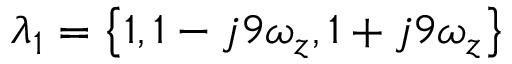
\lambda _ { 1 } = \left\{ 1 , 1 - j 9 \omega _ { z } , 1 + j 9 \omega _ { z } \right\}